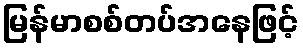
မြန်မာစစ်တပ်အနေဖြင့်